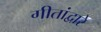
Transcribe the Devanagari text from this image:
गीतांद्वारे